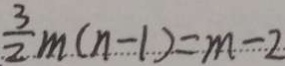
\frac { 3 } { 2 } m ( n - 1 ) = m - 2